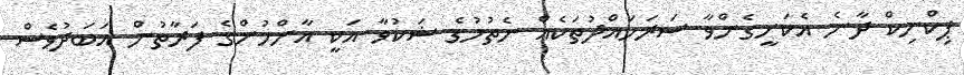
ޕިކްނިކް ދާނެ އެކަށީގެންވާ ސަރަހައްދުތަކެއް ނެތުމުގެ ޝަކުވާ އަކީ އާންމުންގެ ފަރާތުން އަބަދުވެސް